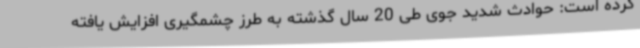
کرده است: حوادث شدید جوی طی 20 سال گذشته به طرز چشمگیری افزایش یافته